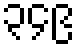
၃၄၉